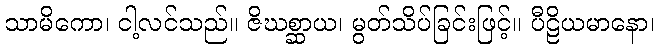
သာမိကော၊ ငါ့လင်သည်။ ဇိဃစ္ဆာယ၊ မွတ်သိပ်ခြင်းဖြင့်။ ပီဠိယမာနော၊